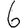
Digit: 6